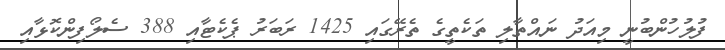
ފުލުހުންބުނީ މިއަދު ނައްތާލި ތަކެތީގެ ތެރޭގައި 1425 ރަބަރު ޕެކެޓާއި 388 ސެލޯފިންކޮޅާއި